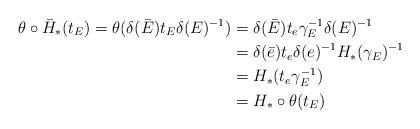
LaTeX: \begin{align*}\theta \circ \bar{H}_{*}(t_{E}) = \theta( \delta(\bar{E}) t_{E} \delta(E)^{-1} )& = \delta(\bar{E}) t_{e}\gamma_{E}^{-1} \delta(E)^{-1} \\& = \delta(\bar{e}) t_{e} \delta(e)^{-1} H_{*}(\gamma_E)^{-1}\\& = H_{*}(t_{e} \gamma_E^{-1})\\& = H_{*} \circ \theta(t_{E})\end{align*}